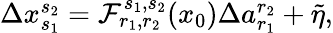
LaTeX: \begin{array}{r}{\Delta x_{s_{1}}^{s_{2}}=\mathcal{F}_{r_{1},r_{2}}^{s_{1},s_{2}}(x_{0})\Delta a_{r_{1}}^{r_{2}}+\tilde{\eta},}\end{array}